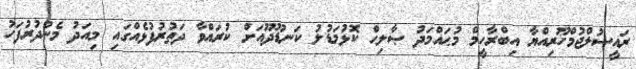
ރައީސުލްޖުމްހޫރިއްޔާ އިބްރާހީމް މުޙައްމަދު ޞާލިޙް ކޮޅުމަޑުލު ކަނޑޫދޫއަށް ކުރައްވާ ދަތުރުފުޅެއްގައި މިއަދު މެންދުރުފަހު